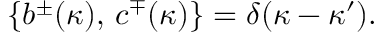
\{ b ^ { \pm } ( \kappa ) , \, c ^ { \mp } ( \kappa ) \} = \delta ( \kappa - \kappa ^ { \prime } ) .